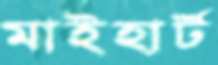
মাইহার্ট